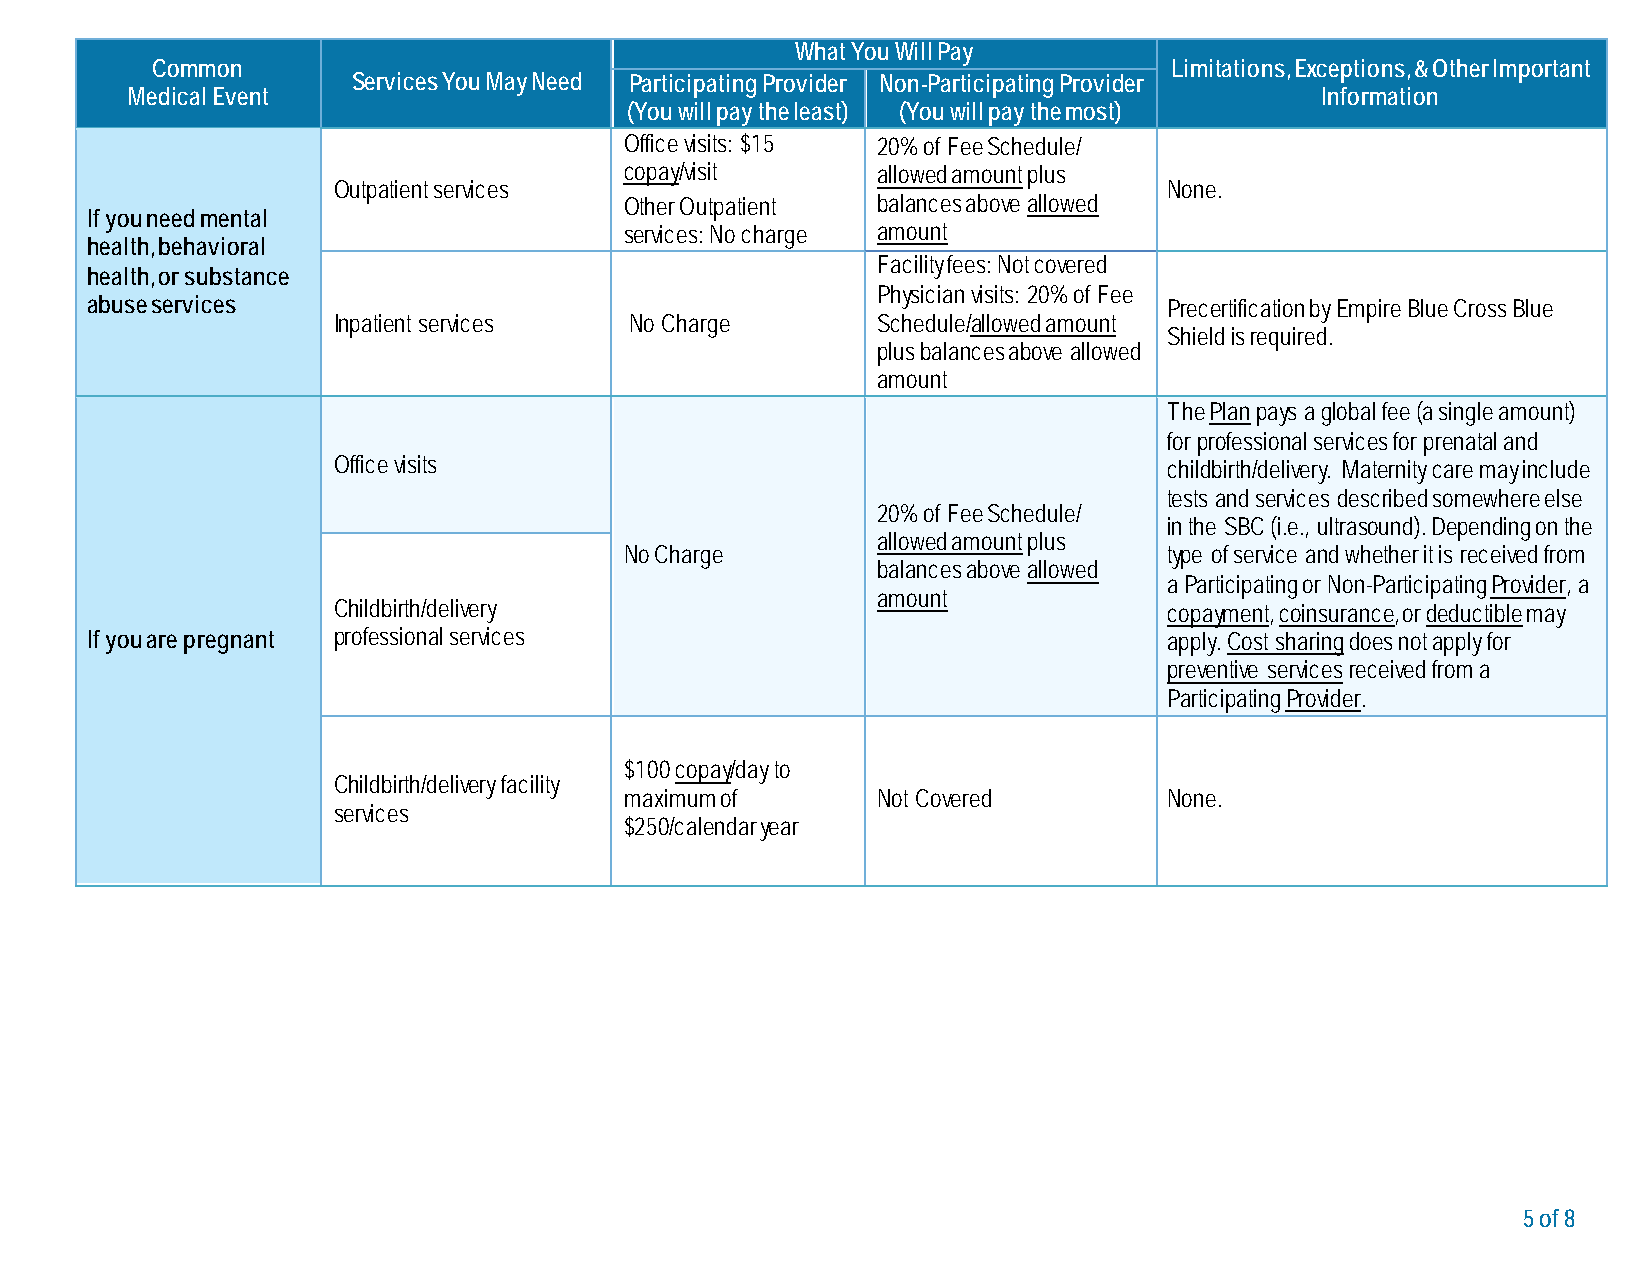
What You Will Pay
 Common                                                             Limitations, Exceptions, & Other Important
 Services You May Need Participating Provider Non-Participating Provider
 Medical Event                                                                  Information
 (You will pay the least) (You will pay the most)
 Office visits: $15 20% of Fee Schedule/
 copay/visit      allowed amount plus
 Outpatient services                                    None.
 Other Outpatient balances above allowed
 If you need mental
 services: No charge amount
 health, behavioral
 Facility fees: Not covered
 health, or substance
 Physician visits: 20% of Fee
 abuse services                                                         Precertification by Empire Blue Cross Blue
 Inpatient services  No Charge       Schedule/allowed amount
 Shield is required.
 plus balances above allowed
 amount
 The Plan pays a global fee (a single amount)
 for professional services for prenatal and
 Office visits                                          childbirth/delivery. Maternity care may include
 tests and services described somewhere else
 20% of Fee Schedule/
 in the SBC (i.e., ultrasound). Depending on the
 allowed amount plus
 No Charge                           type of service and whether it is received from
 balances above allowed
 a Participating or Non-Participating Provider, a
 amount
 Childbirth/delivery                                    copayment, coinsurance, or deductible may
 If you are pregnant professional services                              apply. Cost sharing does not apply for
 preventive services received from a
 Participating Provider.
 $100 copay/day to
 Childbirth/delivery facility
 maximum of       Not Covered        None.
 services
 $250/calendar year
 5 of 8